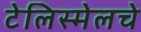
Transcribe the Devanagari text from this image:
टेलिस्मेलचे